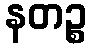
နတဉ္စ